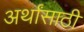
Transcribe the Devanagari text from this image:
अर्थांसाठी